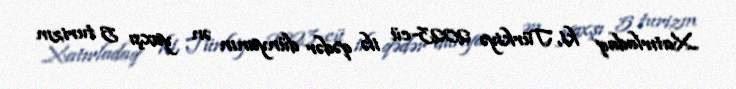
Xatırladaq ki, Türkiyə 2023-cü ilə qədər dünyanın ən yaxşı 5 turizm